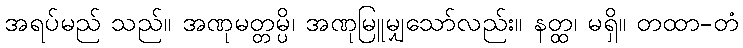
အရပ်မည် သည်။ အဏုမတ္တမ္ပိ၊ အဏုမြူမျှသော်လည်း။ နတ္ထ၊ မရှိ။ တထာ-တံ